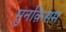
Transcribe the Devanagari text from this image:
मुनक़िसम